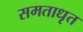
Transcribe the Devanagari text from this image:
समताधृत